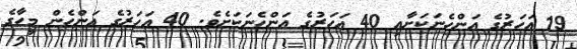
19 އަހަރުގެ އަންހެނަކަށާއި 40 އަހަރުގެ އަންހެނަކަށެވެ. 40 އަހަރުގެ އަންހެން މީހާގެ